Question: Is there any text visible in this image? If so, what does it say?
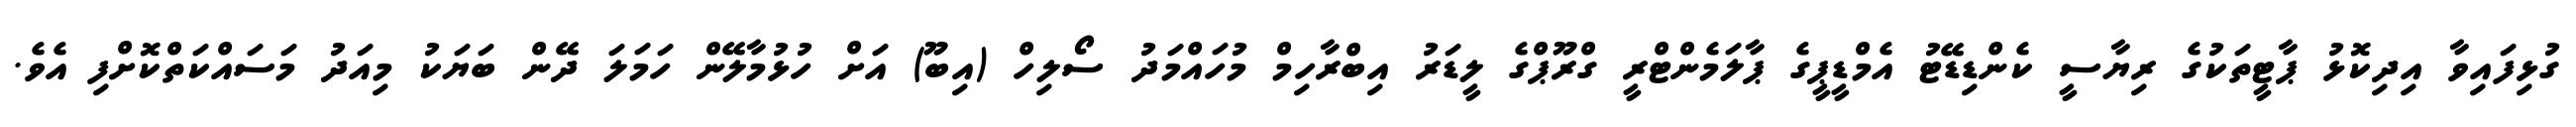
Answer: ގުޅިފައިވާ އިދިކޮޅު ޕާޓީތަކުގެ ރިޔާސީ ކެންޑިޑޭޓު އެމްޑީޕީގެ ޕާލަމެންޓްރީ ގްރޫޕްގެ ލީޑަރު އިބްރާހިމް މުހައްމަދު ސޯލިހް (އިބޫ) އަށް ހުޅުމާލޭން ހަމަލަ ދޭން ބަޔަކު މިއަދު މަސައްކަތްކޮށްފި އެވެ.